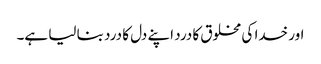
اور خدا کی مخلوق کا درد اپنے دل کا درد بنا لیا ہے۔